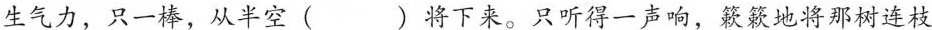
生气力，只一棒，从半空()将下来。只听得一声响，簌簌地将那树连枝